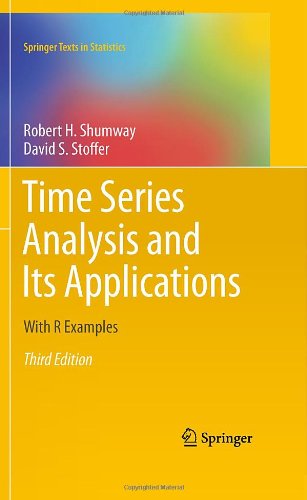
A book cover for Time Series Analysis and Its Applications: With R Examples (Springer Texts in Statistics); Robert H. Shumway; Medical Books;